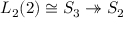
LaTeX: L _ { 2 } ( 2 ) \cong S _ { 3 } \twoheadrightarrow S _ { 2 }